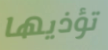
تؤذيها